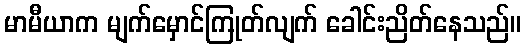
မာမီယာက မျက်မှောင်ကြုတ်လျက် ခေါင်းညိတ်နေသည်။